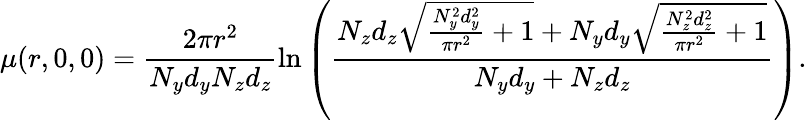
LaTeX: \mu(r,0,0)=\frac{2\pi r^{2}}{N_{y}d_{y}N_{z}d_{z}}\ln\left(\frac{N_{z}d_{z}\sqrt{\frac{N_{y}^{2}d_{y}^{2}}{\pi r^{2}}+1}+N_{y}d_{y}\sqrt{\frac{N_{z}^{2}d_{z}^{2}}{\pi r^{2}}+1}}{N_{y}d_{y}+N_{z}d_{z}}\right).